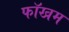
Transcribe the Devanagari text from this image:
फॉखम